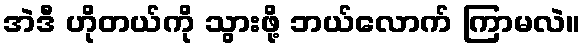
အဲဒီ ဟိုတယ်ကို သွားဖို့ ဘယ်လောက် ကြာမလဲ။